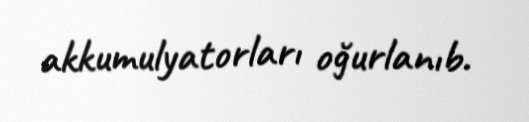
akkumulyatorları oğurlanıb.